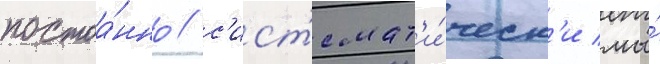
постоа́нно / с'ист'емат'и́ческ'и мы́